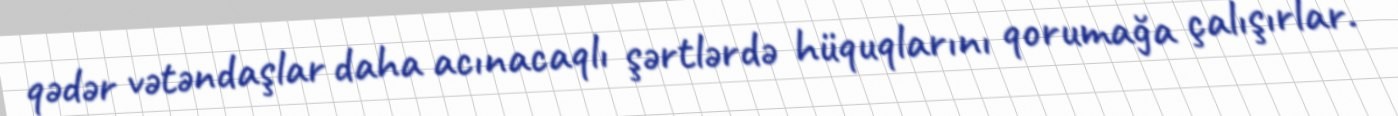
qədər vətəndaşlar daha acınacaqlı şərtlərdə hüquqlarını qorumağa çalışırlar.